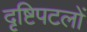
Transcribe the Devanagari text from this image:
दृष्टिपटलों